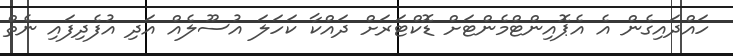
ހައްދައިގެން އެ އެޕޮއިންޓްމެންޓަށް ޑޮކްޓަރަށް ދައްކާ ކަހަލަ އުސޫލެއް އަދި އުފެދިފައި ނެތް